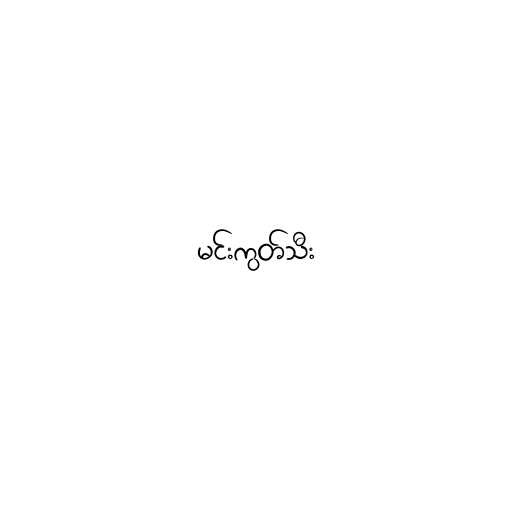
မင်းကွတ်သီး